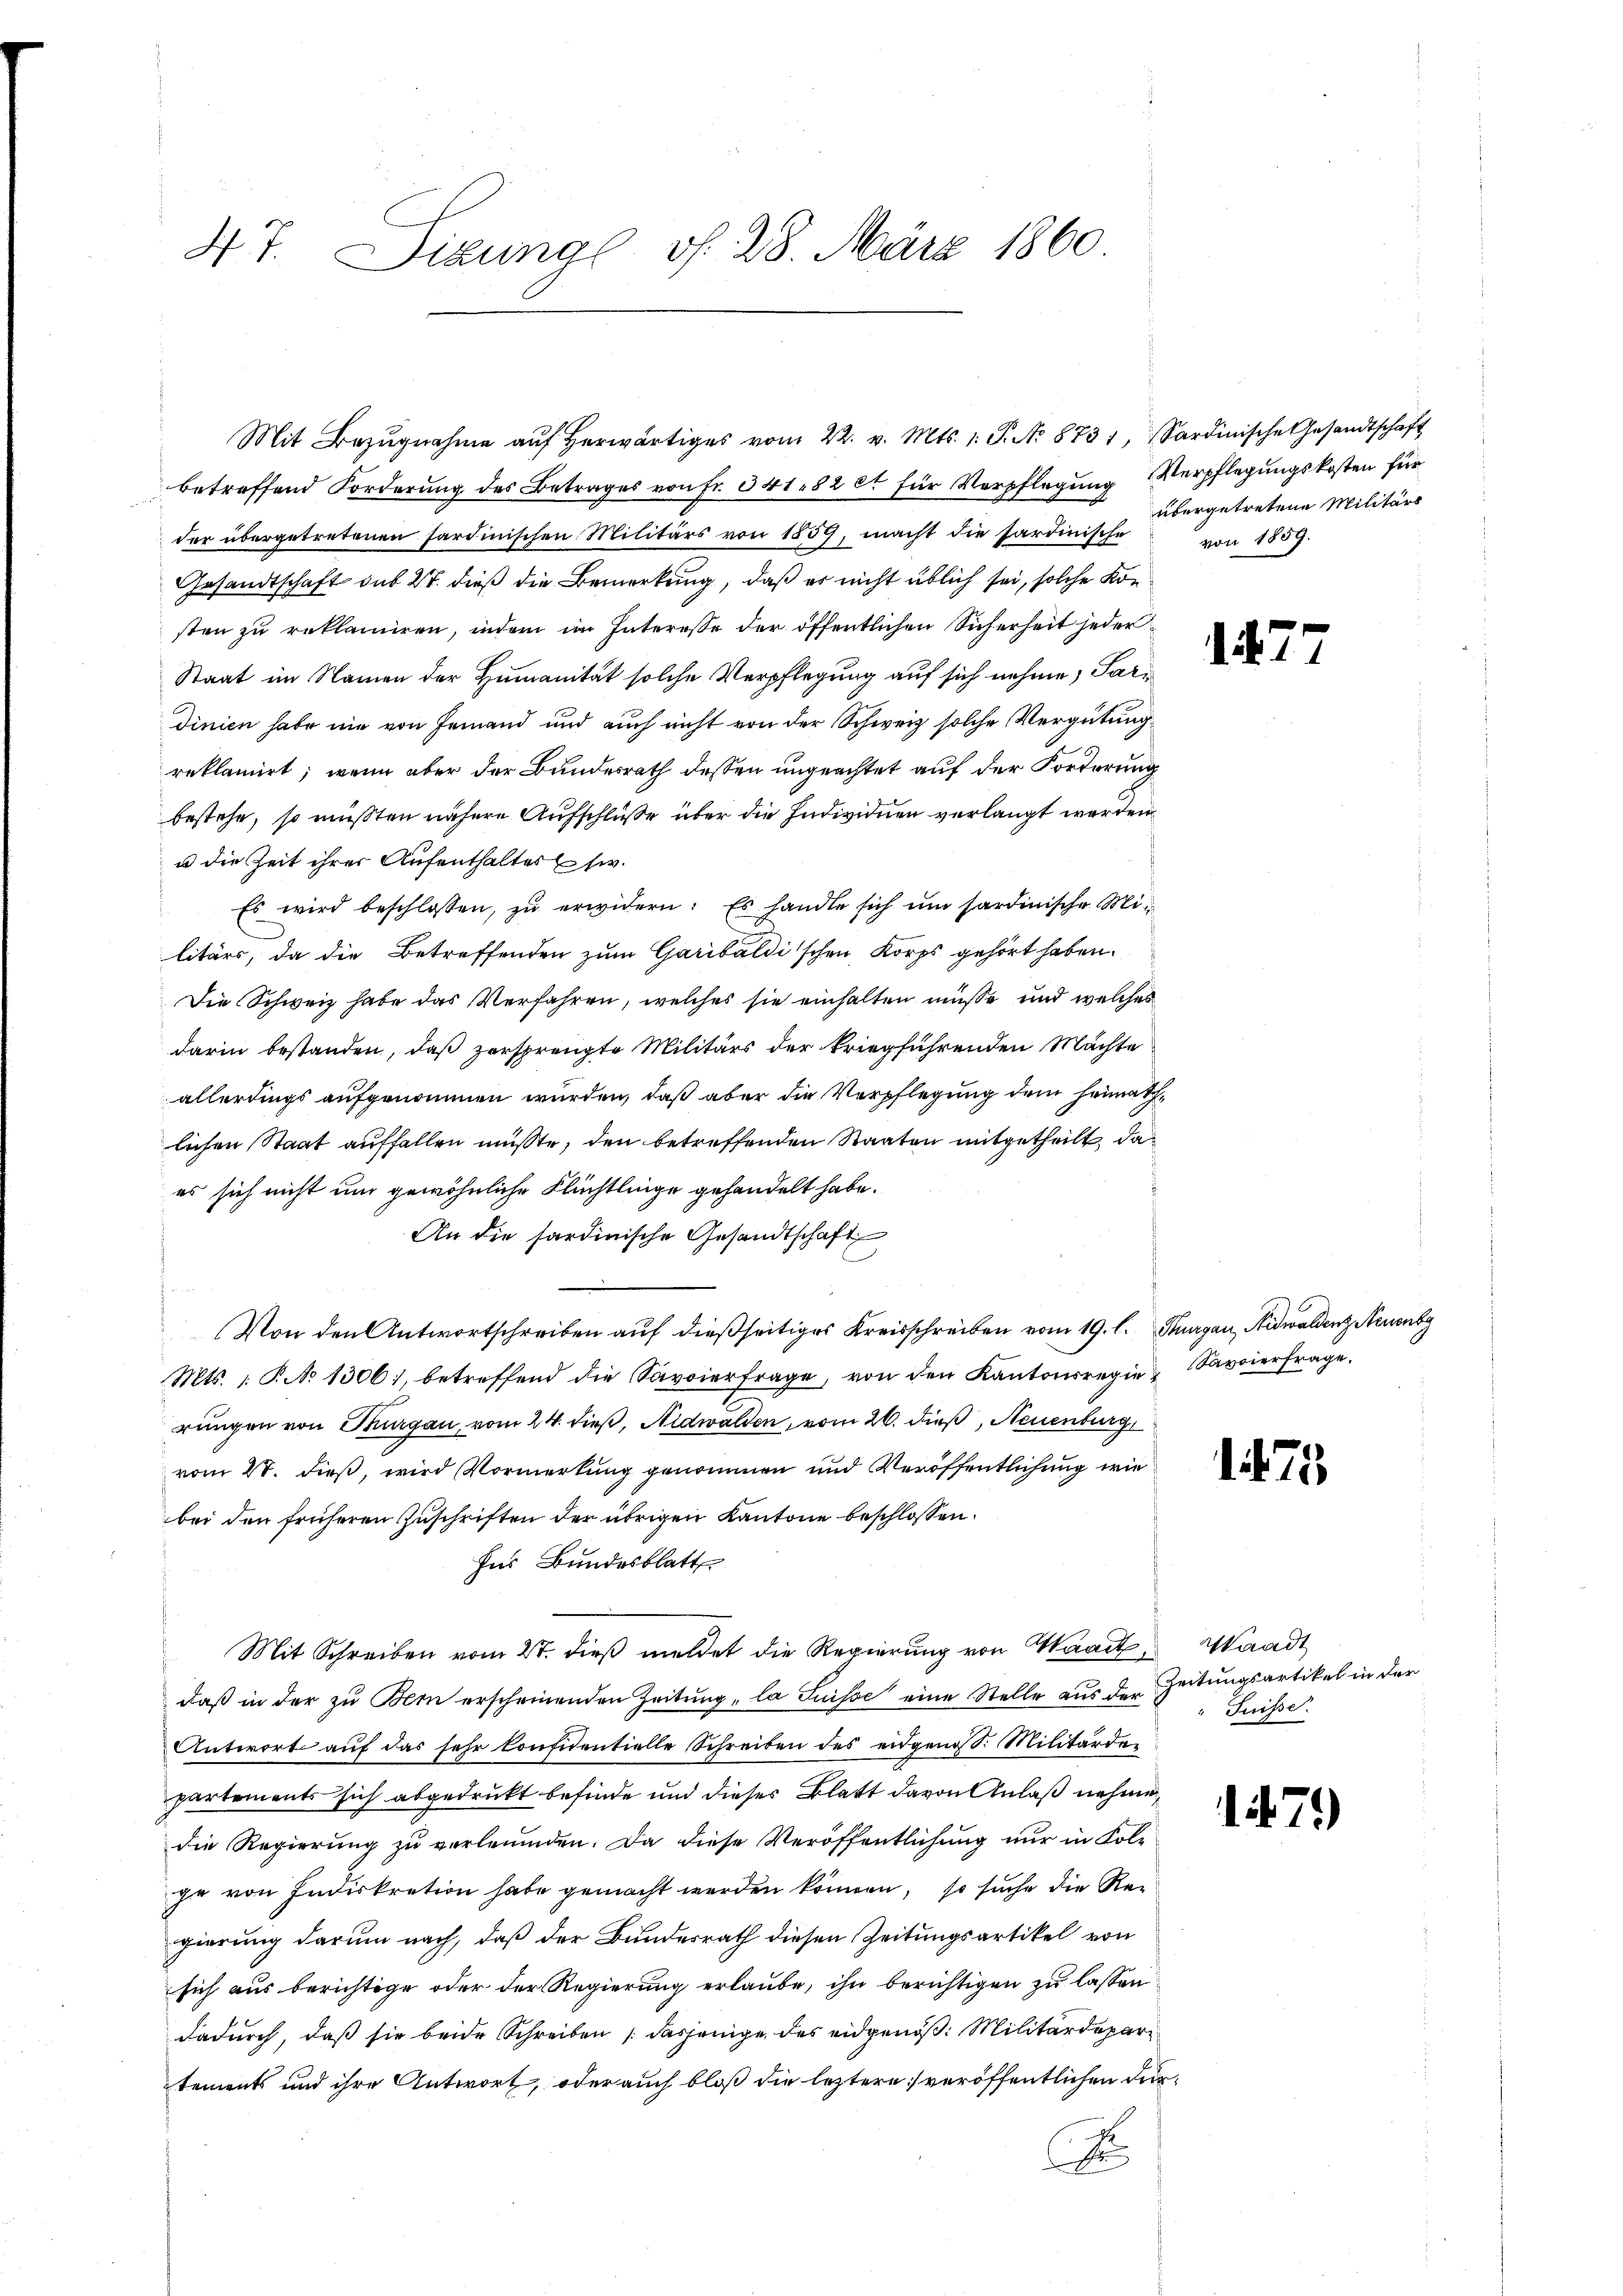
47. Sizung v. 28. März 1860

betreffend Forderung des Betrages von Fr. 341. 82 et für Verpflegung Verpflegungskosten für
der übergetretenen sardinischen Militärs von 1859, macht die sardinische von 1859.
Gesandtschaft sub 27. dieß die Bemerkung, daß es nicht üblich sei, solche Kon
sten zu reklamiren, indem im Interesse der öffentlichen Sicherheit jeder¬
Staat im Namen der Humanität solche Verpflegung auf sich nehme, Pardinien habe nie von Jemand und auch nicht von der Schweiz solche Vergütung
reklamirt; wenn aber der Bundesrath dessen ungeachtet auf der Forderung
bestehe, so müßten nähere Aufschlüße über die Individuen verlangt werden.
u die Zeit ihrer Aufenthaltes si
Es wird beschlossen, zŭ erwidern: Es handle sich ŭm sardinische Militärs, da die Betreffenden zum Garibaldischen Korps gehört haben.
Die Schweiz habe das Verfahren, welches sie einhalten müsse und welches
darin bestanden, daß zersprengte Militärs der kriegführenden Machte
allerdings aufgenommen wurden, daß aber die Verpflegung dem Heimathlichen Staat auffallen müßte, den betreffenden Staaten mitgetheilt, da
es sich nicht um gewöhnliche Flüchtlinge gehandelt habe.
An die sardinische Gesandtschaft
¬
Von den Antwortschreiben auf dießseitiges Kreisschreiben vom 19. l. Thurgau, Nidwaldenz Neuenb
Mts. 1. P. No 1306), betreffend die Savoierfrage, von den Kantonsregie Savierfrage.
rungen von Thurgau, vom 24. dieß, Nidwalden, vom 26. dieß, Neuenburg
vom 27. dieß, wird Vormerkung genommen und Veröffentlichung wie
bei den früheren Zuschriften der übrigen Kantone beschlossen:
Ins Bundesblatt
Mit Schreiben vom 27. dieß meldet die Regierung von Waadt, Waadt
daß in der zu Bern erscheinenden Zeitung „la Suisse eine Stelle aus der Zeitungsartikel in der
Antwort aŭf das sehr konfidentielle Schreiben des eidgen. Militärder
partements sich abgedrukt befinde und dieses Blatt davon Anlaß nehme
die Regierung zu verleumden. Da diese Veröffentlichung nur in Folge von Indiskration habe gemacht werden können, so suche die Regierung darum nach, daß der Bundesrath diesen Zeitungsartikel von
sich aus berichtige oder der Regierung erlaube, ihn berichtigen zu lassen.
dadurch, daß sie beide Schreiben (dasjenige des eidgenöß. Militärdepartements und ihre Antwort, oder auch bloß die leztere veröffentlichen durr

Mit Bezŭgnahme aŭf herwärtiges vom 22. v. Mts. 1. P. No 8731, Sardinische Gesandtschaft

übergetretene Militärs

177

175

Suisse

1479)